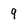
Character: 9